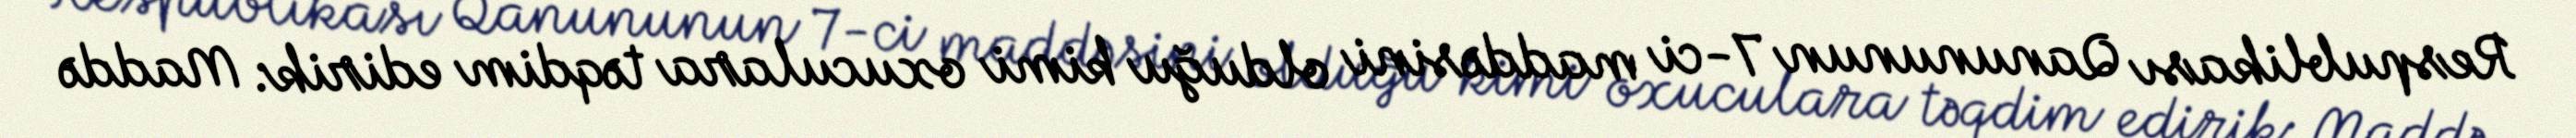
Respublikası Qanununun 7-ci maddəsini olduğu kimi oxuculara təqdim edirik: Maddə